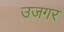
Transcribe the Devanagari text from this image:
उजगर